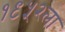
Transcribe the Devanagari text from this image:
१९५२ला